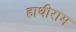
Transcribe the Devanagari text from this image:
हाथीराम